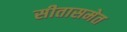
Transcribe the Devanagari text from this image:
सीतासमेत